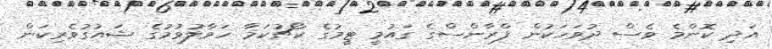
އަދި ކޮންމެ ވެސް ދުވަހަކުން ފްރާންސްގެ ގައުމީ ޓީމުގެ ކޯޗުކަމާ ހަވާލުވުމުގެ ޝައުގުވެރިކަން